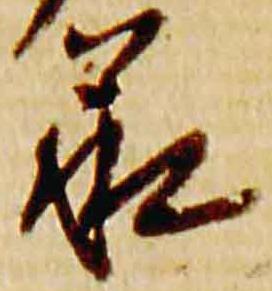
承